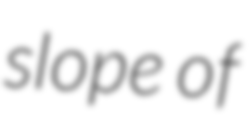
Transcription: slope of